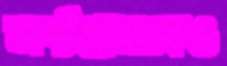
অষ্টগ্রামকেও